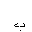
Letter: _ba